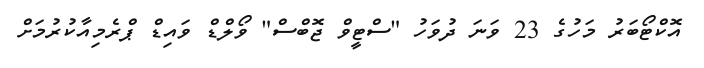
އޮކްޓޯބަރު މަހުގެ 23 ވަނަ ދުވަހު "ސްޓީވް ޖޮބްސް" ވޯލްޑް ވައިޑް ޕްރެމިއާކުރުމަށް